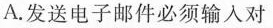
A.发送电子邮件必须输入对